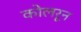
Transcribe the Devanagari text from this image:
कोलरून